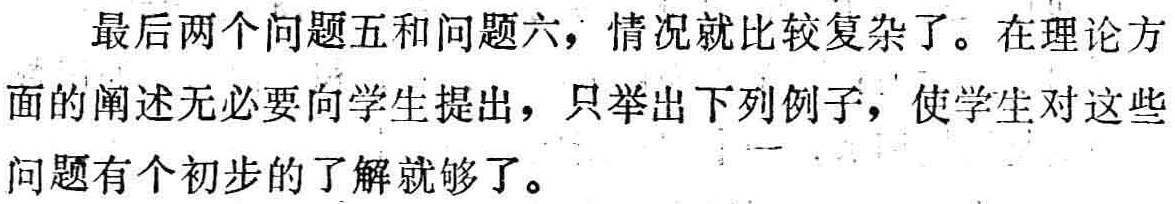
最后两个问题五和问题六，情况就比较复杂了。在理论方面的阐述无必要向学生提出，只举出下列例子，使学生对这些问题有个初步的了解就够了。